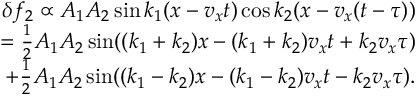
\begin{array} { r } { \delta f _ { 2 } \propto A _ { 1 } A _ { 2 } \sin k _ { 1 } ( x - v _ { x } t ) \cos k _ { 2 } ( x - v _ { x } ( t - \tau ) ) } \\ { = \frac { 1 } { 2 } A _ { 1 } A _ { 2 } \sin ( ( k _ { 1 } + k _ { 2 } ) x - ( k _ { 1 } + k _ { 2 } ) v _ { x } t + k _ { 2 } v _ { x } \tau ) } \\ { + \frac { 1 } { 2 } A _ { 1 } A _ { 2 } \sin ( ( k _ { 1 } - k _ { 2 } ) x - ( k _ { 1 } - k _ { 2 } ) v _ { x } t - k _ { 2 } v _ { x } \tau ) . } \end{array}